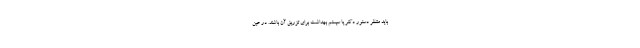
باید منتظر دستور دکتر یا سیستم بهداشت برای تزریق آن باشند. در عین